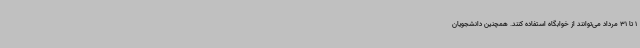
1 تا 31 مرداد می‌توانند از خوابگاه استفاده کنند. همچنین دانشجویان